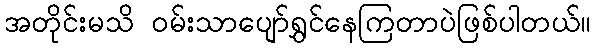
အတိုင်းမသိ ဝမ်းသာပျော်ရွှင်နေကြတာပဲဖြစ်ပါတယ်။